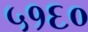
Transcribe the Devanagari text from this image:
५१६०